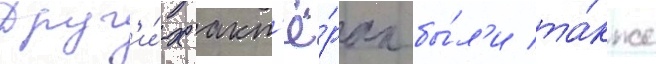
друг'и́х акт'ё́рах бы́л'и та́кже